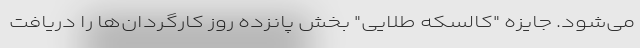
می‌شود. جایزه "کالسکه طلایی" بخش پانزده روز کارگردان‌ها را دریافت